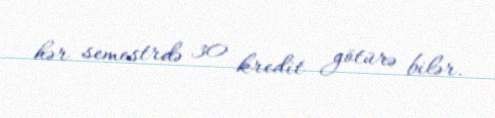
hər semestrdə 30 kredit götürə bilər.